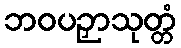
ဘဝပဉှာသုတ္တံ